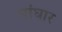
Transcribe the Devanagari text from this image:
सांघार